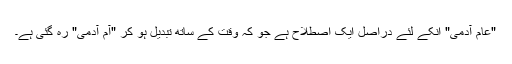
"عام آدمی" انکے لئے دراصل ایک اصطلاح ہے جو کہ وقت کے ساتھ تبدیل ہو کر "آم آدمی" رہ گئی ہے۔